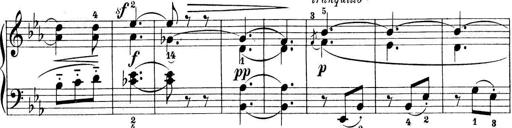
Title: Preis-Sonatine
Composer: Ernst James Bremner